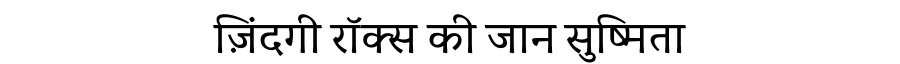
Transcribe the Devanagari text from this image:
ज़िंदगी रॉक्स की जान सुष्मिता